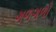
ગળગળો